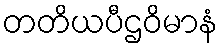
တတိယပီဌဝိမာနံ